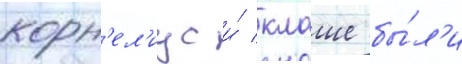
корн'ел'иус и́ клаше бы́л'и